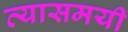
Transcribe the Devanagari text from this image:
त्यासमयी